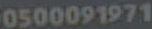
0500091971